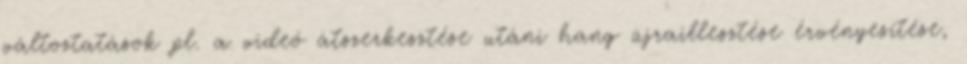
változtatások pl. a videó átszerkesztése utáni hang újraillesztése érvényesítése,